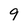
Character: 9